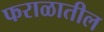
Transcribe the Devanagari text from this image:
फराळातील